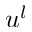
u ^ { l }